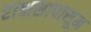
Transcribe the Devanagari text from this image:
राक्षसापासून